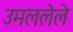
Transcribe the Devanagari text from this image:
उमललेले